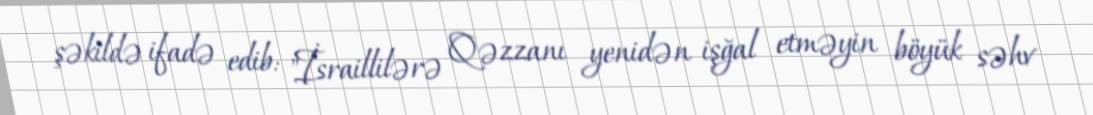
şəkildə ifadə edib: "İsraillilərə Qəzzanı yenidən işğal etməyin böyük səhv